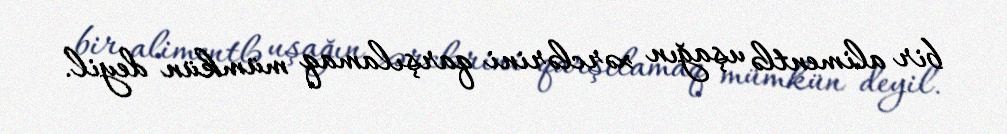
bir alimentlə uşağın xərclərini qarşılamaq mümkün deyil.